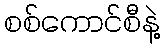
စစ်ကောင်စီနဲ့